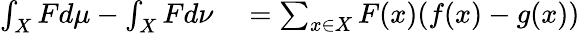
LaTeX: \begin{array}{rl}{\int_{X}Fd\mu-\int_{X}Fd\nu}&{{}=\sum_{x\in X}F(x)(f(x)-g(x))}\end{array}